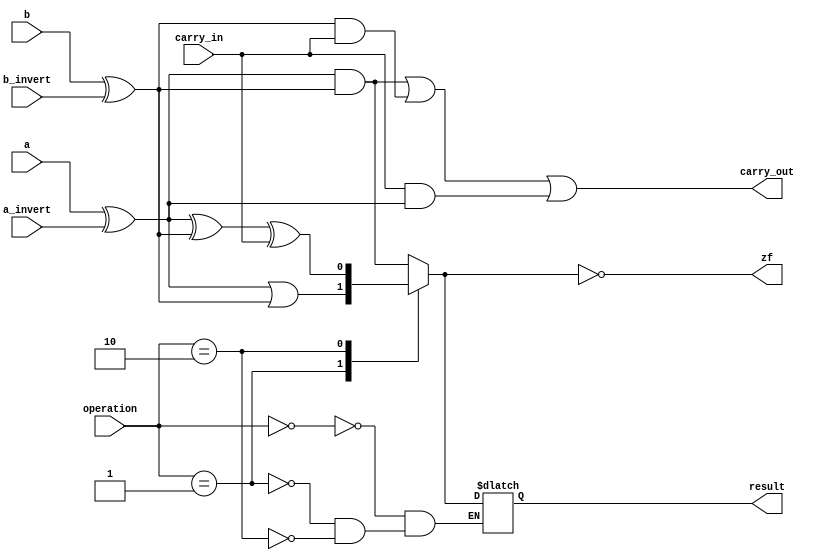
//`include "mux.v"
module one_bit_alu (a,b,a_invert,b_invert,operation,result,carry_in,zf,carry_out) ;

	input a,b,a_invert,b_invert,carry_in;
	input [1:0] operation;
	output result,zf,carry_out;

	reg result, zf, sum, and_, or_, b_out, a_out, carry_out, less_o;
	//wire mux_output;

	//mux MUT(.i1(i1), .i2(i2), .select(select), .mux_output(mux_output));

	always @(a,b,a_invert,b_invert,operation,carry_in) begin

		a_out = a ^ a_invert;
		b_out = b ^ b_invert;
	
		sum = (a_out ^ b_out) ^ (carry_in) ;
		and_ = a_out & b_out;
		or_ = a_out | b_out;

		case(operation)
			2'b00 : result = and_;
			2'b01 : result = or_;
			2'b10 : result = sum;
		endcase
		carry_out = (a_out & b_out) | (b_out & carry_in) | (carry_in & a_out);
		zf = ~result ;
	end


endmodule